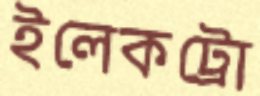
ইলেকট্রো